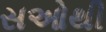
સઓથી